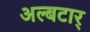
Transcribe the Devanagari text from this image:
अल्बटार्